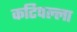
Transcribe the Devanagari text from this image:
कटिपल्ला